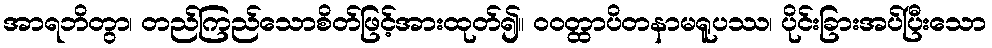
အာရဘိတွာ၊ တည်ကြည်သောစိတ်ဖြင့်အားထုတ်၍။ ဝဝတ္ထာပိတနာမရူပဿ၊ ပိုင်းခြားအပ်ပြီးသော